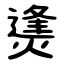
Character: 㷭